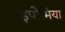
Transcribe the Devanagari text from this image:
इपोमिया